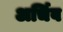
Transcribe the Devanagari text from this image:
अर्चिव